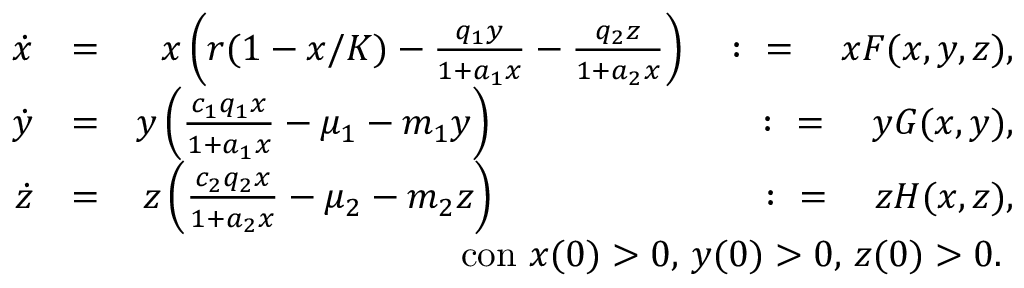
\begin{array} { r l r } { \dot { x } } & { = } & { x \left( r ( 1 - x / K ) - \frac { q _ { 1 } y } { 1 + a _ { 1 } x } - \frac { q _ { 2 } z } { 1 + a _ { 2 } x } \right) \quad \colon = \quad x F ( x , y , z ) , } \\ { \dot { y } } & { = } & { y \left( \frac { c _ { 1 } q _ { 1 } x } { 1 + a _ { 1 } x } - \mu _ { 1 } - m _ { 1 } y \right) \quad \quad \quad \quad \quad \quad \quad \colon = \quad y G ( x , y ) , } \\ { \dot { z } } & { = } & { z \left( \frac { c _ { 2 } q _ { 2 } x } { 1 + a _ { 2 } x } - \mu _ { 2 } - m _ { 2 } z \right) \quad \quad \quad \quad \quad \quad \quad \colon = \quad z H ( x , z ) , } \\ & { } & { \mathrm { c o n ~ } x ( 0 ) > 0 \mathrm { , ~ } y ( 0 ) > 0 \mathrm { , ~ } z ( 0 ) > 0 \mathrm { . ~ } } \end{array}